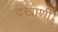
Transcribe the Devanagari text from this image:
दखाणी